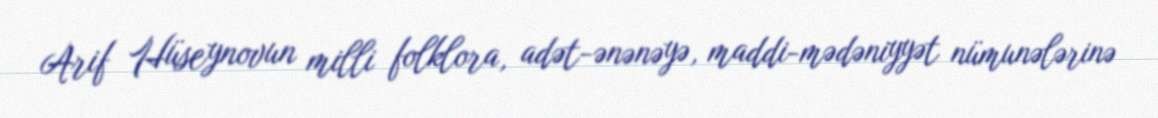
Arif Hüseynovun milli folklora, adət-ənənəyə, maddi-mədəniyyət nümunələrinə